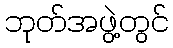
ဘုတ်အဖွဲ့တွင်